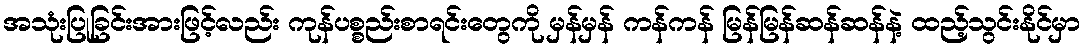
အသုံးပြုခြင်းအားဖြင့်လည်း ကုန်ပစ္စည်းစာရင်းတွေကို မှန်မှန် ကန်ကန် မြန်မြန်ဆန်ဆန်နဲ့ ထည့်သွင်းနိုင်မှာ